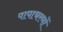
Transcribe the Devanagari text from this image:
पापाचरणों